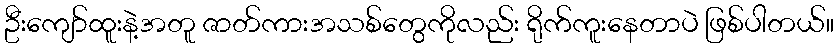
ဦးကျော်ထူးနဲ့အတူ ဇာတ်ကားအသစ်တွေကိုလည်း ရိုက်ကူးနေတာပဲ ဖြစ်ပါတယ်။